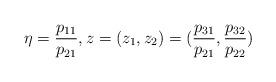
LaTeX: \begin{align*}\eta=\dfrac{p_{11}}{p_{21}},z=(z_1,z_2)=( \frac{p_{31}}{p_{21}}, \frac{p_{32}}{p_{22}}) \end{align*}